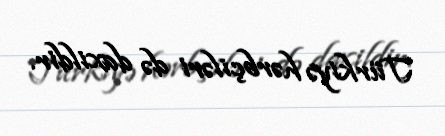
Türkiyə hərbçiləri də daxildir.